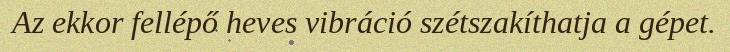
Az ekkor fellépő heves vibráció szétszakíthatja a gépet.